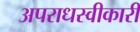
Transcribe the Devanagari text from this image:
अपराधस्वीकारी